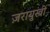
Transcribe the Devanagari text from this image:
ज़रायुस्त्री